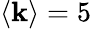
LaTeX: \langle\mathbf{k}\rangle=5